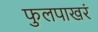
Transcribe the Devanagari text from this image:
फुलपाखरं